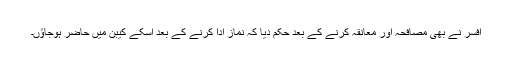
افسر نے بھی مصافحہ اور معانقہ کرنے کے بعد حکم دیا کہ نماز ادا کرنے کے بعد اسکے کیبن میں حاضر ہوجاؤں۔